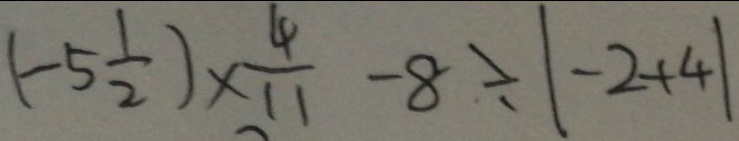
( - 5 \frac { 1 } { 2 } ) \times \frac { 4 } { 1 1 } - 8 \div \vert - 2 + 4 \vert